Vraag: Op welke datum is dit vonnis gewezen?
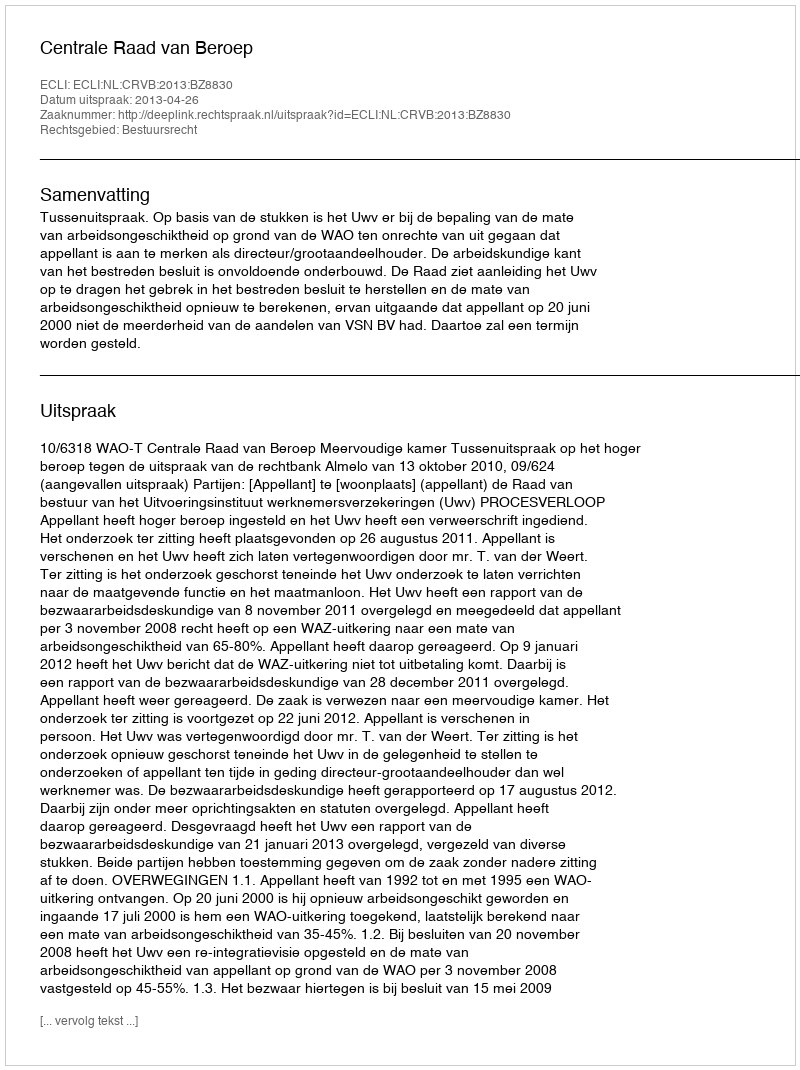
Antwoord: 2013-04-26